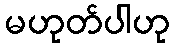
မဟုတ်ပါဟု